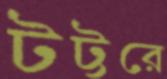
টট্টরে